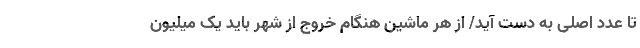
تا عدد اصلی به دست آید/ از هر ماشین هنگام خروج از شهر باید یک میلیون